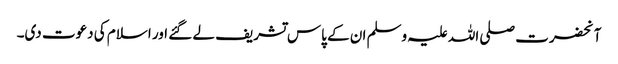
آنحضرت صلی اللہ علیہ وسلم ان کے پاس تشریف لے گئے اور اسلام کی دعوت دی۔